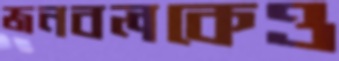
জনবলকেও